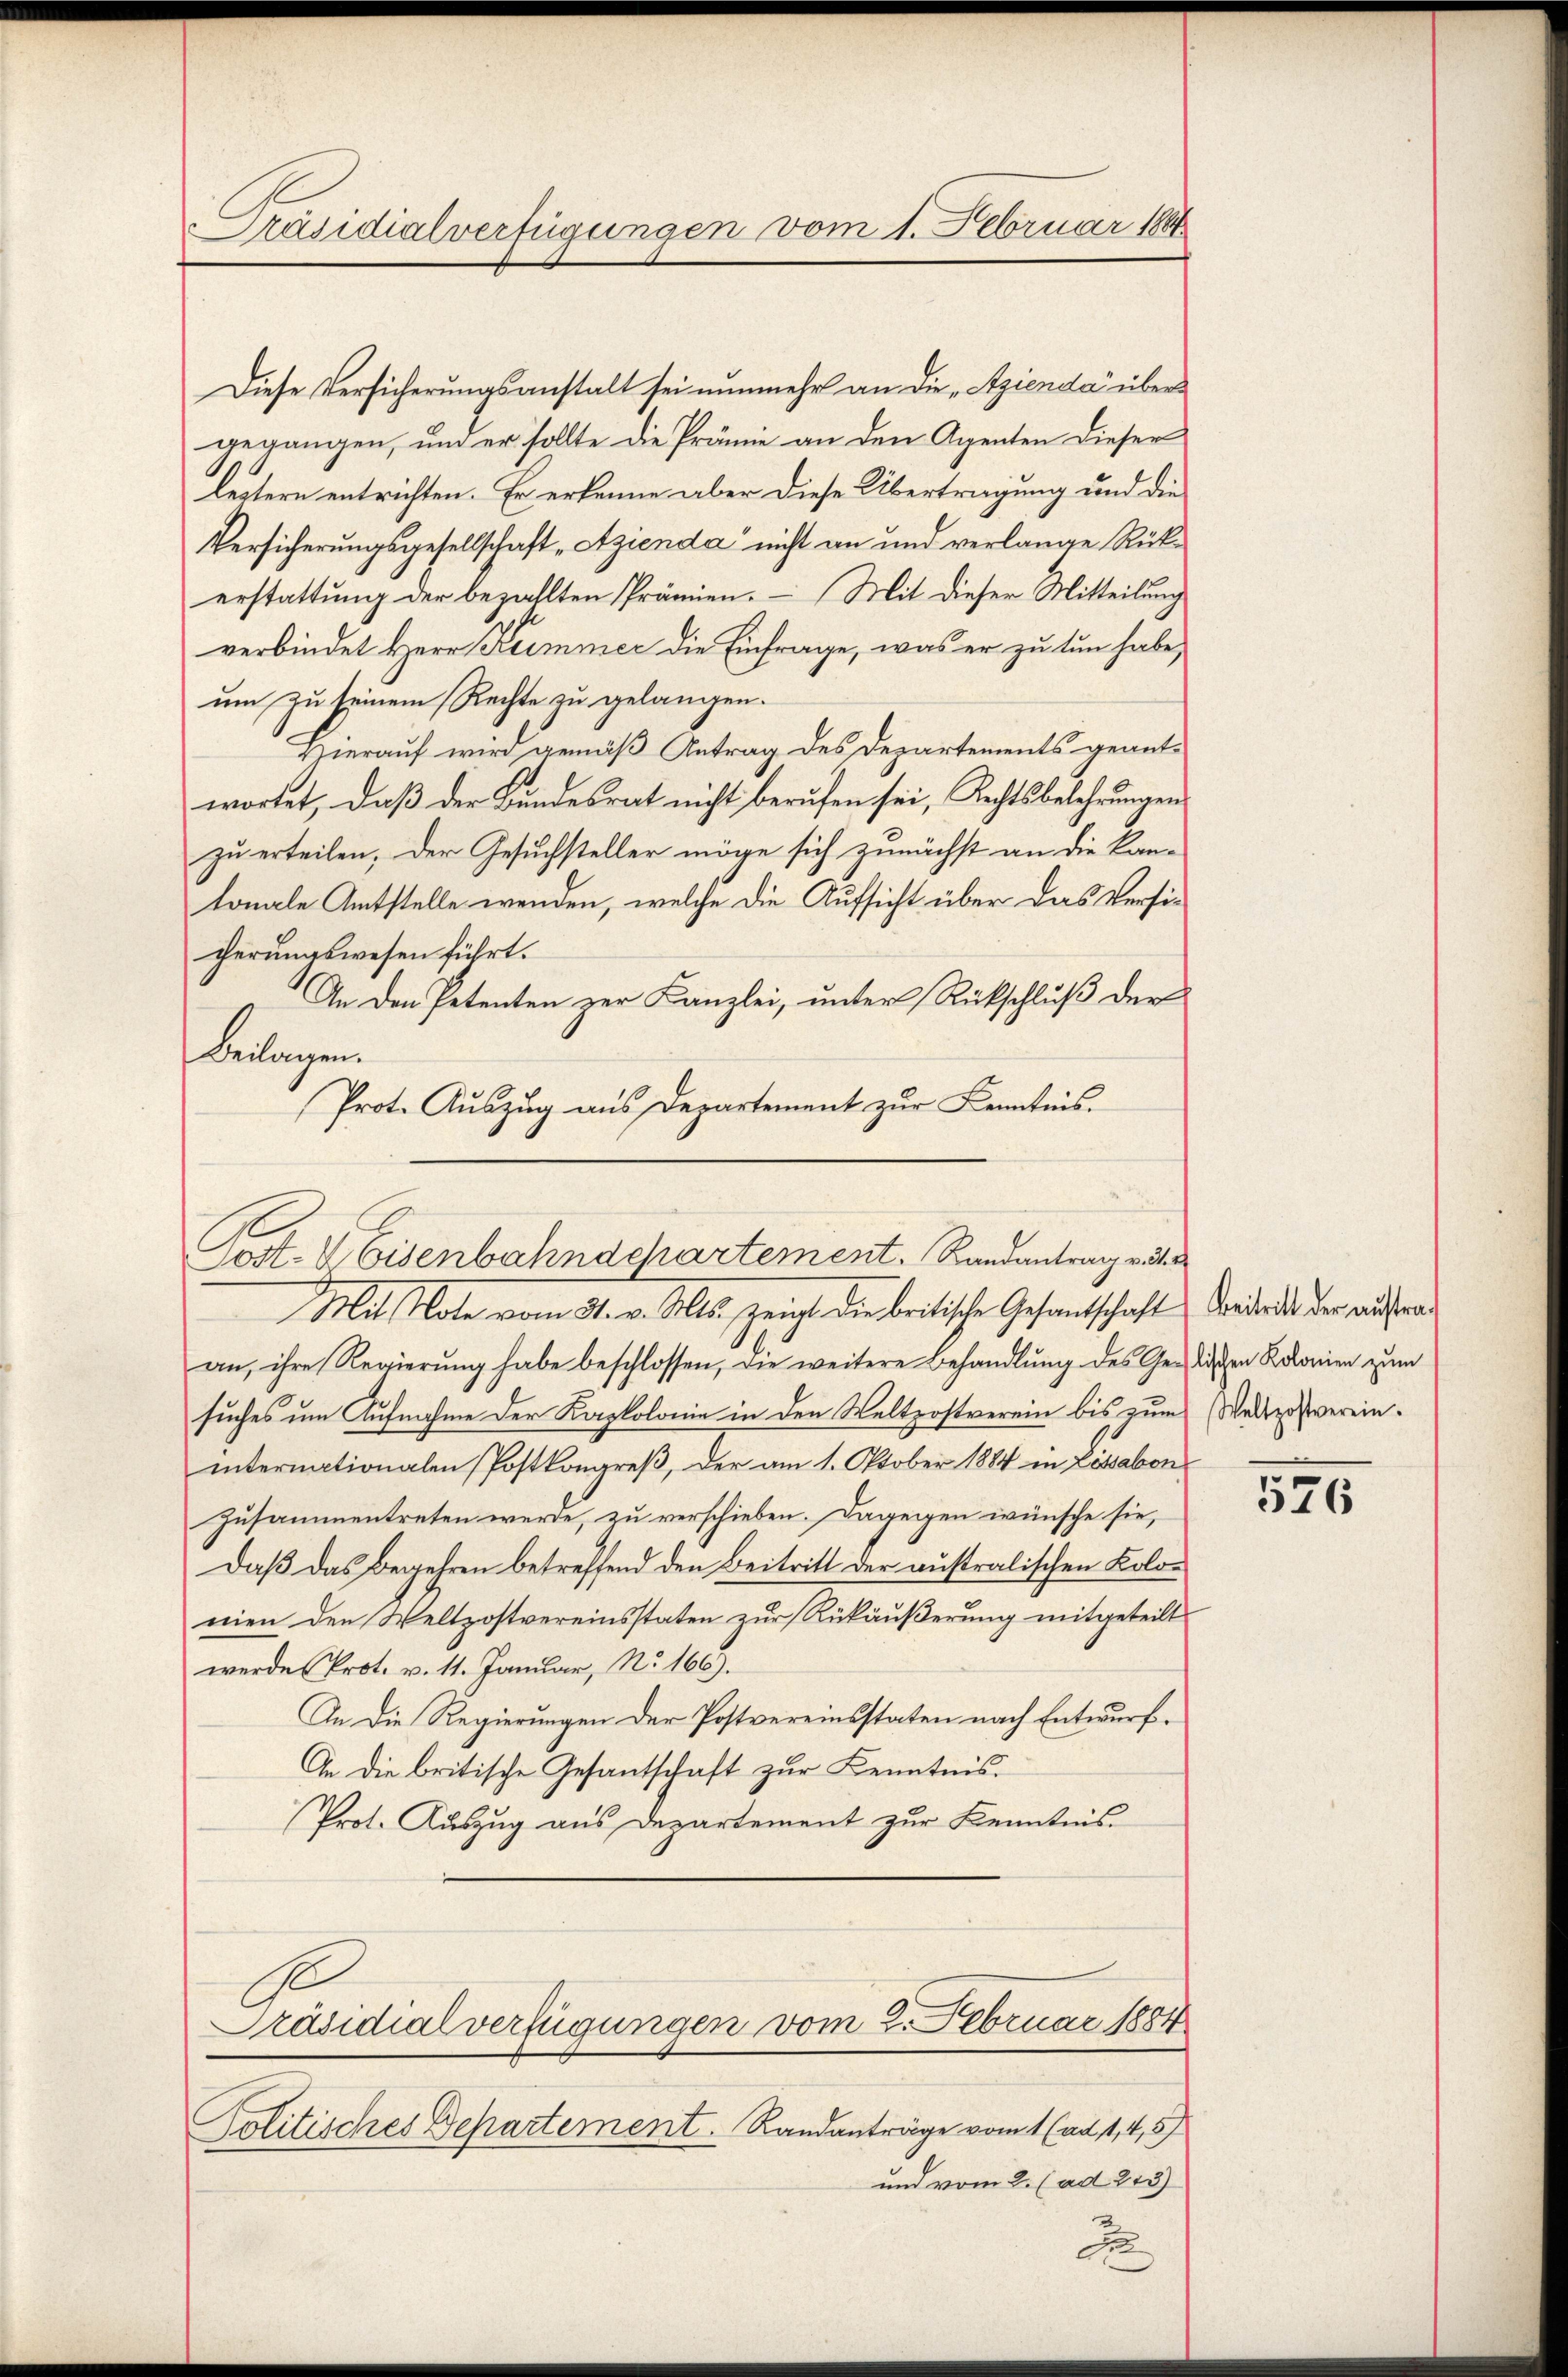
Präsidialverfügungen vom 1. Februar 1884

Diese Versicherungsanstalt sei nunmehr an die „Szienda“ übergegangen, und er sollte die Prämie an den Agenten dieser
leztern entrichten. Er erkenne aber diese Übertragung und die
Versicherungsgesellschaft „Azienda“ nicht an und verlange Rückerstattung der bezahlten Prämien. — Mit dieser Mitteilung
verbindet Herr Kummer die Einfrage, was er zu tun habe,
um zu seinem Rechte zu gelangen.
Hierauf wird gemäß Antrag des Departements geantwortet, daß der Bundesrat nicht berufen sei, Rechtsbelehrungen
zu erteilen, der Gesuchsteller möge sich zunächst an die kan-
tonale Amtstelle wenden, welche die Aufsicht über das Versicherungswesen führt.
An den Petenten zur Kanzlei, unter Rückschluß der
Beilagen.
Prot. Auszug aus Departement zur Kenntnis.
Mit Note vom 31. v. Mts. zeigt die britische Gesantschaft Verdankt der aufwand
an, ihre Regierung habe beschlossen, die weitere Behandlung des Gerlichen Rolonien zum
suches um Aufnahme der Kapkolonie in den Weltzostverein bis zum Weltzostvereininternationalen Postkongreß, der am 1. Oktober 1884 in Lissabon
zusammentreten werde, zu verschieben. Dagegen wünsche sie,
Daß das Begehren betreffend den Beitritt der australischen Kolonien den Weltzostvereinsstaten zur Rükäußerung mitgeteilt
werde Prot. v. 11. Januar, No. 166).
In die Regierungen der Postvereinsstaten nach Entwurf.
An die britische Gesantschaft zur Kenntnis.
Prot. Auszug aus Departement zur Kenntnis
Präsidialverfügungen vom 2. Februar 1884
Politisches Departement. Randanträge vom 1 (ad 1, 4,5)
und vom 2. (ad 243)
d

Post. V. Eisenbahnachartement. Randantrag rati

576